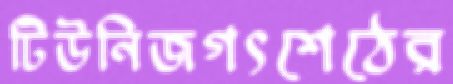
টিউনিজগৎশেঠের